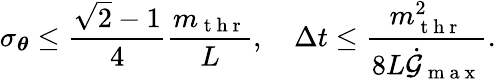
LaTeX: \sigma_{\boldsymbol{\theta}}\leq\frac{\sqrt{2}-1}{4}\frac{m_{\mathrm{~t~h~r~}}}{L},\quad\Delta t\leq\frac{m_{\mathrm{~t~h~r~}}^{2}}{8L\dot{\mathcal{G}}_{\mathrm{~m~a~x~}}}.